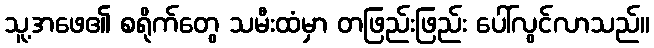
သူ့အဖေ၏ စရိုက်တွေ သမီးထံမှာ တဖြည်းဖြည်း ပေါ်လွင်လာသည်။